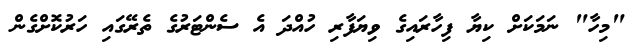
"މިހާ" ނަމަކަށް ކިޔާ ފިހާރައިގެ ވިޔަފާރި ހުއްދަ އެ ސެންޓަރުގެ ތެރޭގައި ހަރުކޮށްގެން